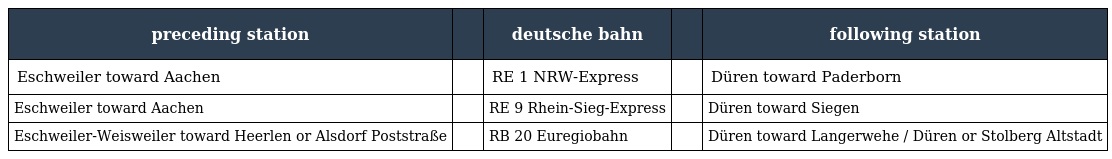
| preceding station |  | deutsche bahn |  | following station |
 | --- | --- | --- | --- | --- |
 | Eschweiler toward Aachen |  | RE 1 NRW-Express |  | Düren toward Paderborn |
 | Eschweiler toward Aachen |  | RE 9 Rhein-Sieg-Express |  | Düren toward Siegen |
 | Eschweiler-Weisweiler toward Heerlen or Alsdorf Poststraße |  | RB 20 Euregiobahn |  | Düren toward Langerwehe / Düren or Stolberg Altstadt |